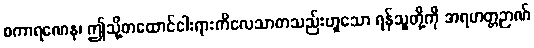
စကာရဏေန၊ ဤသို့တထောင်ငါးရားကိလေသာတသည်းဟူသော ရန်သူတို့ကို အရဟတ္တဉာဏ်